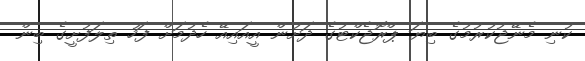
ކުނި މެނޭޖުކުރުމުގެ ބިޔަ ޕްރޮޖެކްޓުގެ ދަށުން އީއައިއޭ ހެދުމަށް ފަހު ތިލަފުށީގެ ބިން